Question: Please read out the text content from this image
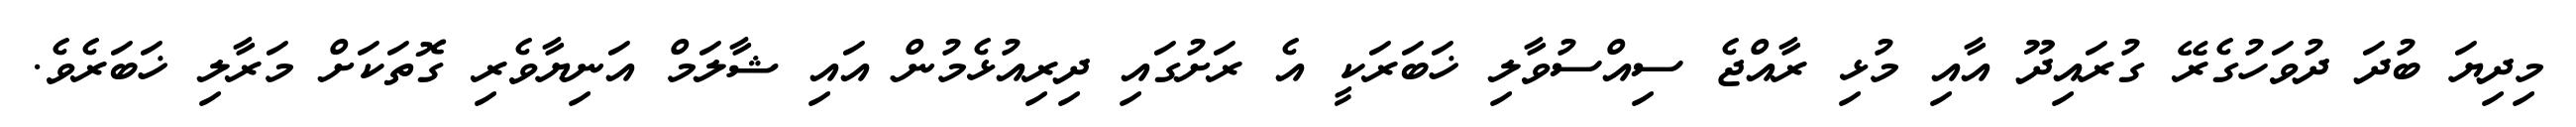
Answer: މިދިޔަ ބުދަ ދުވަހުގެރޭ ގުރައިދޫ އާއި މުޅި ރާއްޖެ ސިއްސުވާލި ޚަބަރަކީ އެ ރަށުގައި ދިރިއުޅެމުން އައި ޝާލަމް އަނިޔާވެރި ގޮތަކަށް މަރާލި ޚަބަރެވެ.